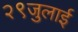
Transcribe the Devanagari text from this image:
२९जुलाई